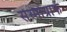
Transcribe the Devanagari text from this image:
सेस्मोग्राफ